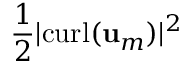
\frac { 1 } { 2 } | \mathrm { c u r l } ( \mathbf { u } _ { m } ) | ^ { 2 }